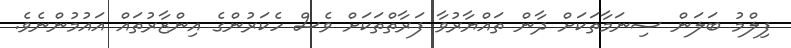
ފިލްމު ބަލަން ސިނަމާތަކަށް ދާން ތައްޔާރުވާ ފަރާތްތަކަށް ވެސް ހެކަރުންގެ އިންޒާރުތައް އައުމުންނެވެ.